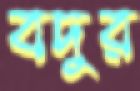
বদুর